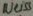
Text: weiss